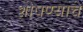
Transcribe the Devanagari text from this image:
शोषण्याचे